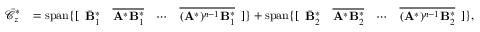
\begin{array} { r l } { \bar { \mathcal { C } } _ { z } ^ { * } } & { = \operatorname { s p a n } \{ [ \begin{array} { l l l l } { \bar { \mathbf { B } } _ { 1 } ^ { * } } & { \overline { { \mathbf { A } ^ { * } \mathbf { B } _ { 1 } ^ { * } } } } & { \cdots } & { \overline { { ( \mathbf { A } ^ { * } ) ^ { n - 1 } \mathbf { B } _ { 1 } ^ { * } } } } \end{array} ] \} + \operatorname { s p a n } \{ [ \begin{array} { l l l l } { \bar { \mathbf { B } } _ { 2 } ^ { * } } & { \overline { { \mathbf { A } ^ { * } \mathbf { B } _ { 2 } ^ { * } } } } & { \cdots } & { \overline { { ( \mathbf { A } ^ { * } ) ^ { n - 1 } \mathbf { B } _ { 2 } ^ { * } } } } \end{array} ] \} , } \end{array}